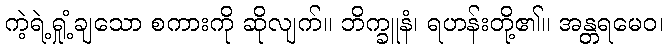
ကဲ့ရဲ့ရှုံ့ချသော စကားကို ဆိုလျက်။ ဘိက္ခူနံ၊ ရဟန်းတို့၏။ အန္တရမေဝ၊